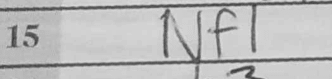
Transcription: Nf1